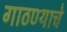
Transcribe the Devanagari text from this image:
गाठण्याचे